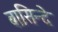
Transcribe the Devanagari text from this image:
बासिन्दे